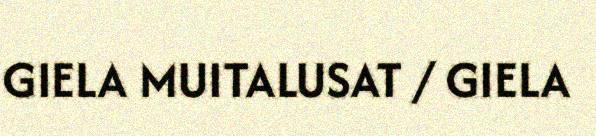
GIELA MUITALUSAT / GIELA